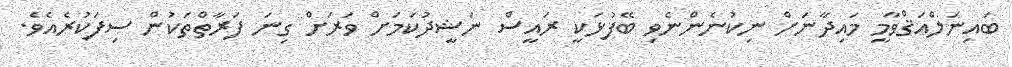
ބައިނަލްއަޤްވާމީ މައިދާނަށް ނިކުނެންނެވި ބޭފުޅަކީ ރައީސް ނަޝީދުކަމަށް ވަރަށް ގިނަ ފަރާތްތަކުން ސިފަކުރެއެވެ.